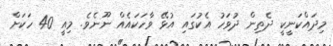
މިދައްކަނީކީ ދެތިން ދުވަހު އެކުގައި އުޅޭ ވާހަކައެއް ނޫނެވެ. މިއީ 40 ހަކަށް